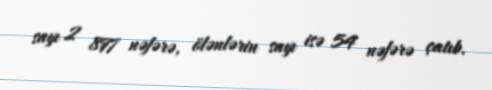
sayı 2 897 nəfərə, ölənlərin sayı isə 54 nəfərə çatıb.